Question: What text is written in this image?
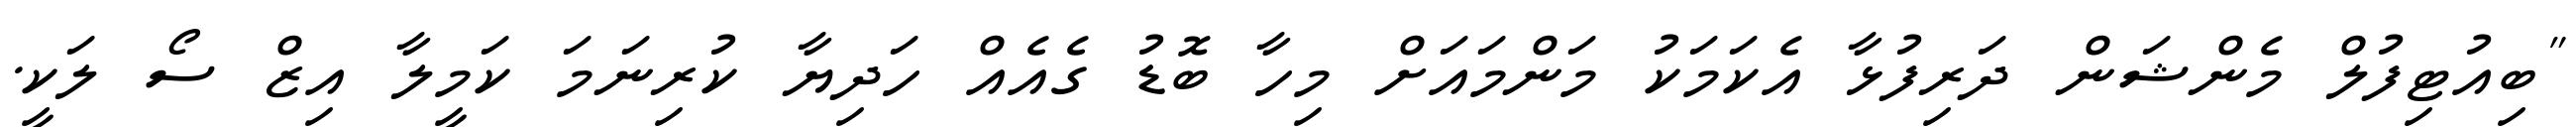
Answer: "ބިއުޓިފުލް މެންޝަން ދަރިފުޅާ އެކަމަކު މަންމައަށް މިހާ ބޮޑު ގެއެއް ހަދިޔާ ކުރިނަމަ ކަމީލާ އިޒް ސޯ ލަކީ.